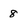
Character: 8